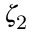
\zeta _ { \mathrm { 2 } }